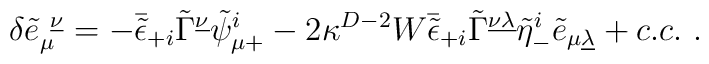
\delta {\tilde e}_\mu^{\ \underline \nu} = -\bar{\tilde\epsilon}_{+i}\tilde \Gamma^{\underline \nu}\tilde\psi^i_{\mu +} -2 \kappa^{D-2}W\bar{\tilde\epsilon}_{+i}\tilde \Gamma^{\underline {\nu\lambda}}\tilde\eta^i_-\tilde e_{\mu\underline\lambda} + c.c.\ .